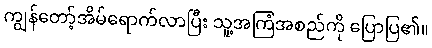
ကျွန်တော့်အိမ်ရောက်လာပြီး သူ့အကြံအစည်ကို ပြောပြ၏။